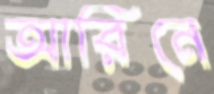
আরিনে